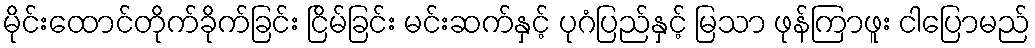
မိုင်းထောင်တိုက်ခိုက်ခြင်း ငြိမ်ခြင်း မင်းဆက်နှင့် ပုဂံပြည်နှင့် မြသာ ဖုန်ကြာဖူး ငါပြောမည်